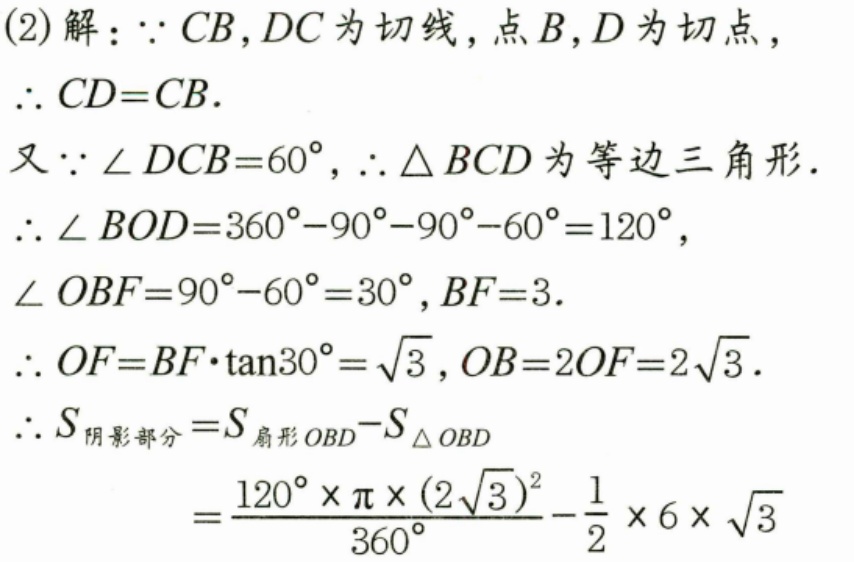
(2)解：\(\because CB,DC\)为切线，点\(B,D\)为切点，
\(\therefore CD = CB\).
又\(\because\angle DCB = 60^{\circ}\)，\(\therefore\triangle BCD\)为等边三角形.
\(\therefore\angle BOD=360^{\circ}-90^{\circ}-90^{\circ}-60^{\circ}=120^{\circ}\)，
\(\angle OBF = 90^{\circ}-60^{\circ}=30^{\circ}\)，\(BF = 3\).
\(\therefore OF=BF\cdot\tan30^{\circ}=\sqrt{3}\)，\(OB = 2OF=2\sqrt{3}\).
\(\therefore S_{阴影部分}=S_{扇形OBD}-S_{\triangle OBD}\)
\(=\frac{120^{\circ}\times\pi\times(2\sqrt{3})^{2}}{360^{\circ}}-\frac{1}{2}\times6\times\sqrt{3}\)